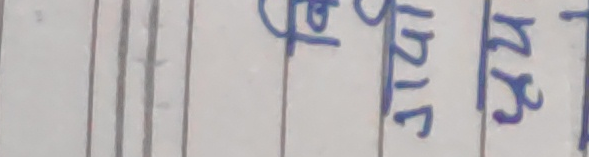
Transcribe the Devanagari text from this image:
गरि